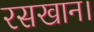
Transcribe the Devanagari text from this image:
रसखान।